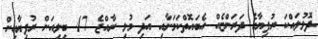
ދޮޅުލައްކަ ރުފިޔާގެ ދަރަންޏެއް އެބައޮތްކަމަށާއި އަދި މުޅި ރާއްޖެ 47 ބިލިއަން ރުފިޔާއިން